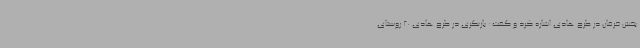
بخش خرقان در طرح هادی اشاره کرد و گفت: بازنگری در طرح هادی 20 روستای